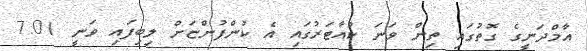
އާމްދަނީގެ ގޮތުގައި ތިން ވަނަ ކުއާޓަރުގައި އެ ކުންފުންޏަށް ލިބިފައި ވަނީ 7.01